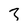
Character: 3